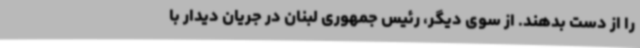
را از دست بدهند. از سوی دیگر، رئیس جمهوری لبنان در جریان دیدار با